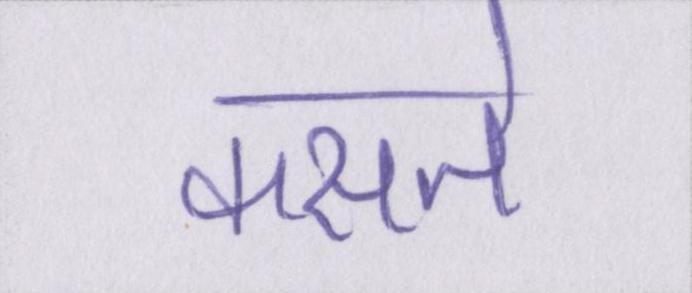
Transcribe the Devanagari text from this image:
कसते